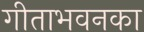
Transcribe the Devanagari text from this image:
गीताभवनका